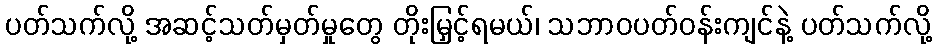
ပတ်သက်လို့ အဆင့်သတ်မှတ်မှုတွေ တိုးမြှင့်ရမယ်၊ သဘာဝပတ်ဝန်းကျင်နဲ့ ပတ်သက်လို့